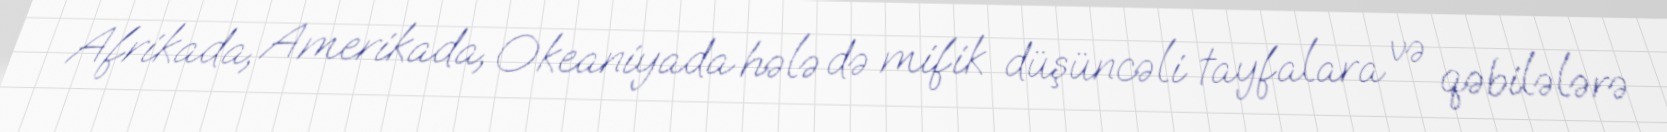
Afrikada, Amerikada, Okeaniyada hələ də mifik düşüncəli tayfalara və qəbilələrə